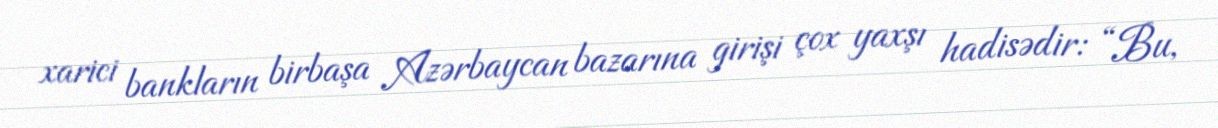
xarici bankların birbaşa Azərbaycan bazarına girişi çox yaxşı hadisədir: “Bu,